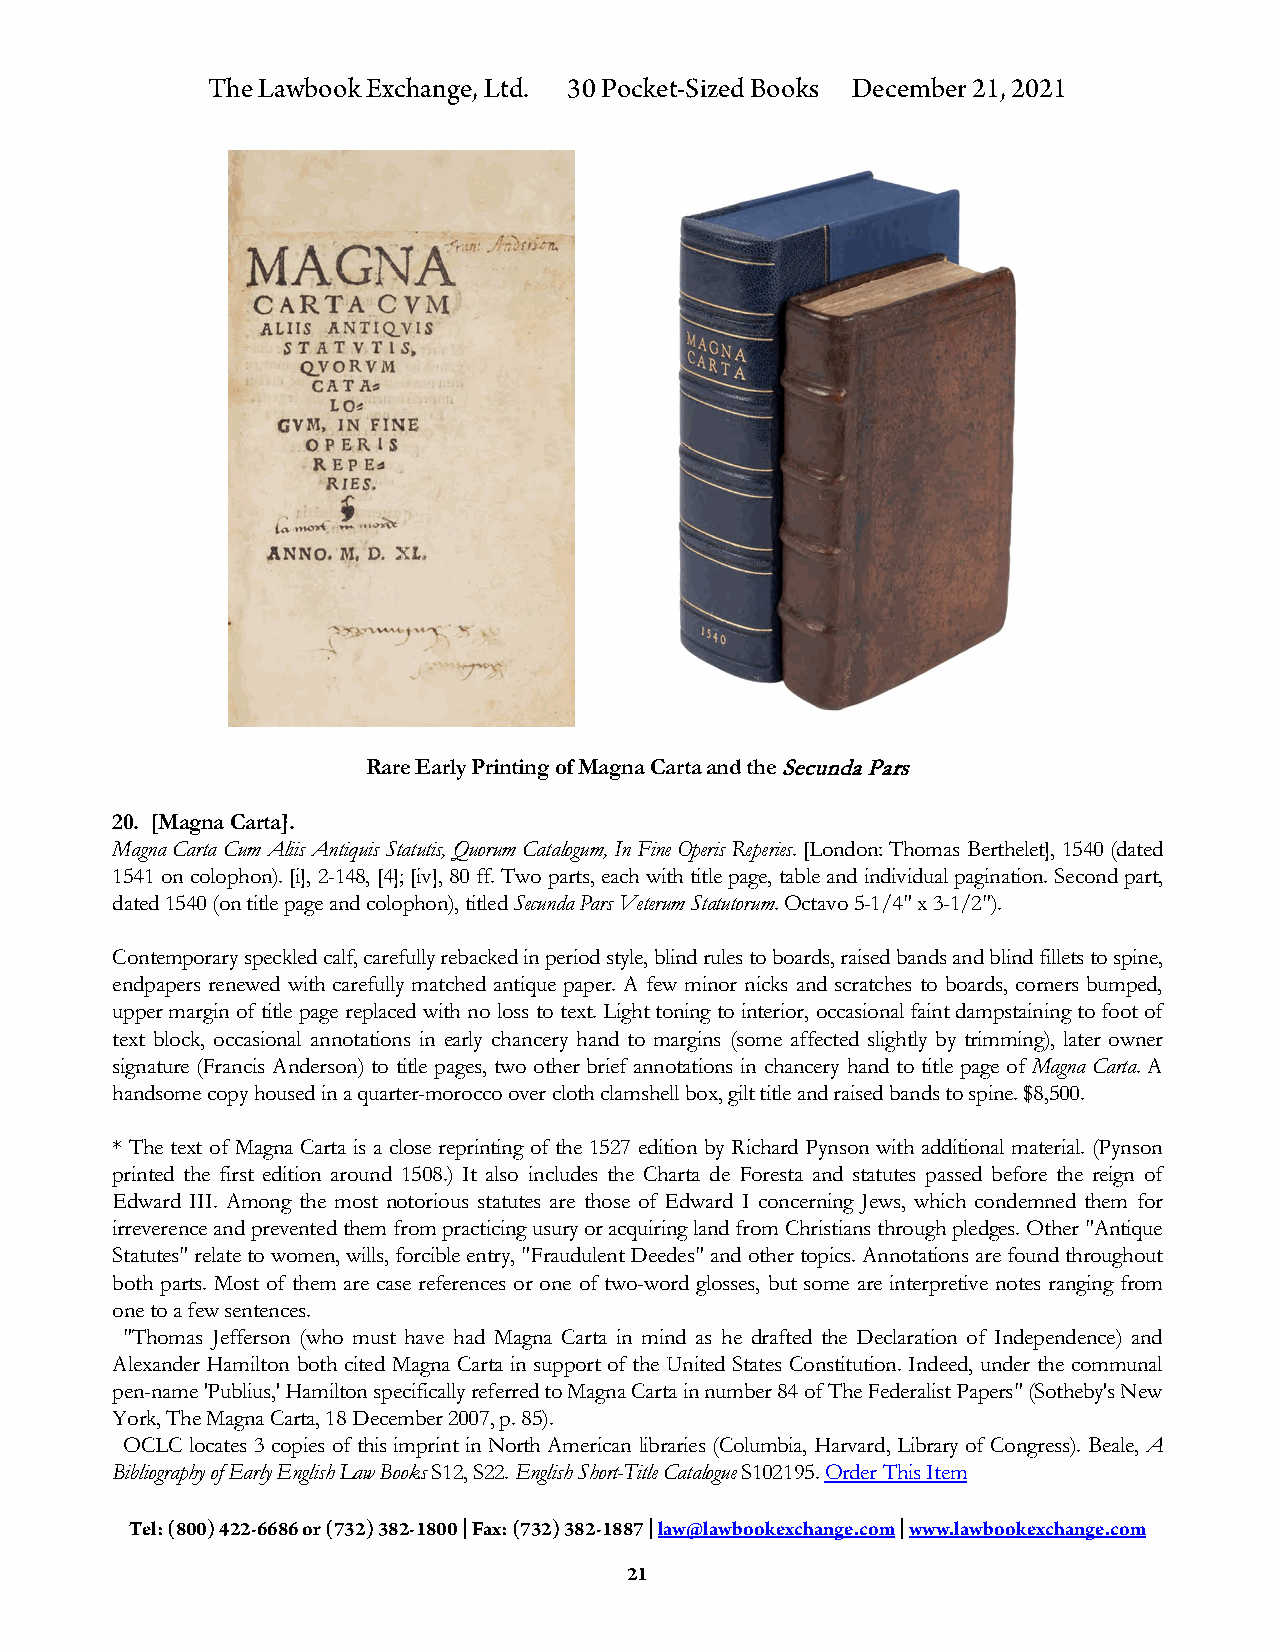
The Lawbook Exchange, Ltd. 30 Pocket-Sized Books December 21, 2021
 Rare Early Printing of Magna Carta and the Secunda Pars
 20. [Magna Carta].
 Magna Carta Cum Aliis Antiquis Statutis, Quorum Catalogum, In Fine Operis Reperies. [London: Thomas Berthelet], 1540 (dated
 1541 on colophon). [i], 2-148, [4]; [iv], 80 ff. Two parts, each with title page, table and individual pagination. Second part,
 dated 1540 (on title page and colophon), titled Secunda Pars Veterum Statutorum. Octavo 5-1/4" x 3-1/2").
 Contemporary speckled calf, carefully rebacked in period style, blind rules to boards, raised bands and blind fillets to spine,
 endpapers renewed with carefully matched antique paper. A few minor nicks and scratches to boards, corners bumped,
 upper margin of title page replaced with no loss to text. Light toning to interior, occasional faint dampstaining to foot of
 text block, occasional annotations in early chancery hand to margins (some affected slightly by trimming), later owner
 signature (Francis Anderson) to title pages, two other brief annotations in chancery hand to title page of Magna Carta. A
 handsome copy housed in a quarter-morocco over cloth clamshell box, gilt title and raised bands to spine. $8,500.
 * The text of Magna Carta is a close reprinting of the 1527 edition by Richard Pynson with additional material. (Pynson
 printed the first edition around 1508.) It also includes the Charta de Foresta and statutes passed before the reign of
 Edward III. Among the most notorious statutes are those of Edward I concerning Jews, which condemned them for
 irreverence and prevented them from practicing usury or acquiring land from Christians through pledges. Other "Antique
 Statutes" relate to women, wills, forcible entry, "Fraudulent Deedes" and other topics. Annotations are found throughout
 both parts. Most of them are case references or one of two-word glosses, but some are interpretive notes ranging from
 one to a few sentences.
 "Thomas Jefferson (who must have had Magna Carta in mind as he drafted the Declaration of Independence) and
 Alexander Hamilton both cited Magna Carta in support of the United States Constitution. Indeed, under the communal
 pen-name 'Publius,' Hamilton specifically referred to Magna Carta in number 84 of The Federalist Papers" (Sotheby's New
 York, The Magna Carta, 18 December 2007, p. 85).
 OCLC locates 3 copies of this imprint in North American libraries (Columbia, Harvard, Library of Congress). Beale, A
 Bibliography of Early English Law Books S12, S22. English Short-Title Catalogue S102195. Order This Item
 Tel: (800) 422-6686 or (732) 382-1800 | Fax: (732) 382-1887 | law@lawbookexchange.com | www.lawbookexchange.com
 21